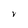
Character: V